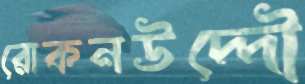
রোকনউদ্দৌ